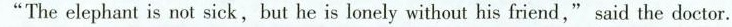
"The elephant is not sick,but he is lonely without his friend," said the doctor.